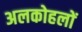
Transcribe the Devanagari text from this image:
अलकोहलों